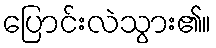
ပြောင်းလဲသွား၏။